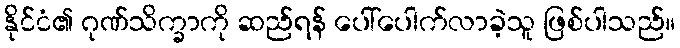
နိုင်ငံ၏ ဂုဏ်သိက္ခာကို ဆည်ရန် ပေါ်ပေါက်လာခဲ့သူ ဖြစ်ပါသည်။